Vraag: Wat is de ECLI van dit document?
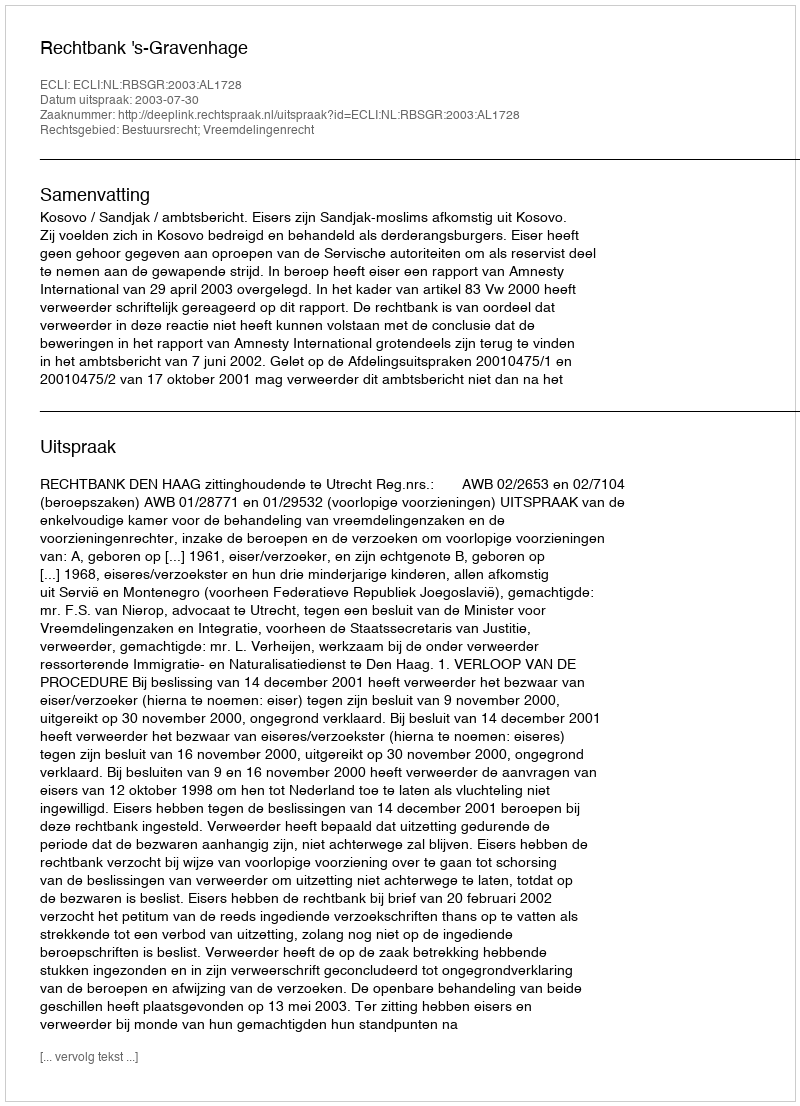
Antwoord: ECLI:NL:RBSGR:2003:AL1728